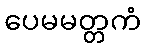
ပေမမတ္တကံ